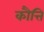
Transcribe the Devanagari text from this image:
कौत्ति